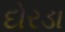
દોરડા